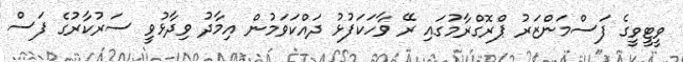
ވީޓީވީގެ ފަސްމަންޒަރު ޕްރޮގްރާމުގައި ރޭ ވާހަކަފުޅު ދައްކަވަމުން އިމާދު ވިދާޅުވީ ސަރުކާރުގެ ފަސް